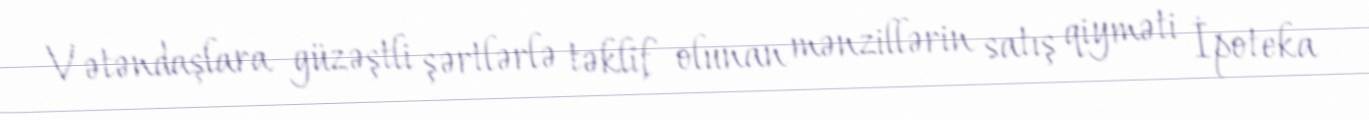
Vətəndaşlara güzəştli şərtlərlə təklif olunan mənzillərin satış qiyməti İpoteka